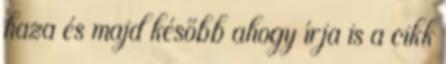
haza és majd később ahogy írja is a cikk